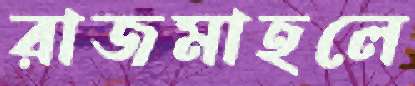
রাজমাহলে